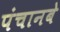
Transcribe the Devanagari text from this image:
पंचानबे